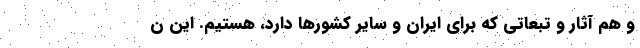
و هم آثار و تبعاتی که برای ایران و سایر کشورها دارد، هستیم. این ن